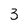
Character: 3